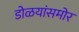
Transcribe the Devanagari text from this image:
डोळयांसमोर